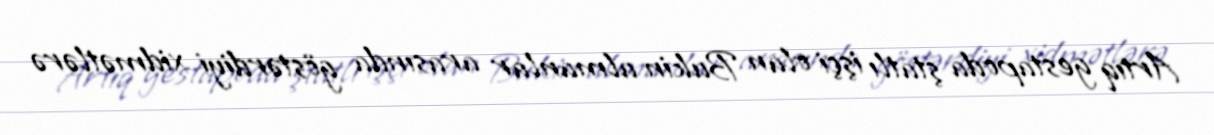
Artıq gestapoda ştatlı işçi olan Bukin almanlar arasında göstərdiyi xidmətlərə